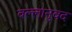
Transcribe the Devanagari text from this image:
वल्लानुवद